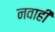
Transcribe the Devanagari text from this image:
नवाही